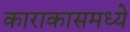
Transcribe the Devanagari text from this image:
काराकासमध्ये